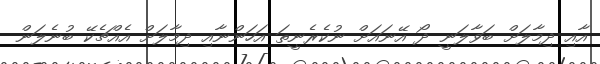
އާއި ދިމާލަށް ބަވާލަނީ ދޯ އޭނައަށް ނުކެރެނީތަ އަހަންނާއި ދިމާލަށް އެއްޗެކޭ ބުނެލަން